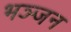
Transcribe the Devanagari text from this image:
भञ्जन